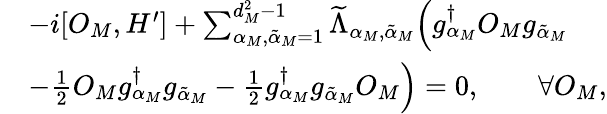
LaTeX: \begin{array}{rl}&{-i[O_{M},H^{\prime}]+\sum_{\alpha_{M},{\tilde{\alpha}}_{M}=1}^{d_{M}^{2}-1}\widetilde{\Lambda}_{\alpha_{M},{\tilde{\alpha}}_{M}}\Big(g_{\alpha_{M}}^{\dagger}O_{M}g_{{\tilde{\alpha}}_{M}}}\\ &{-\frac{1}{2}O_{M}g_{\alpha_{M}}^{\dagger}g_{{\tilde{\alpha}}_{M}}-\frac{1}{2}g_{\alpha_{M}}^{\dagger}g_{{\tilde{\alpha}}_{M}}O_{M}\Big)=0,\qquad\forall O_{M},}\end{array}